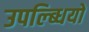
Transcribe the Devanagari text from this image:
उपल्ब्धियों